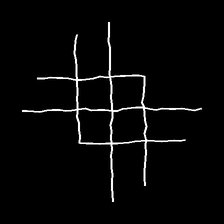
Glyph: crystal